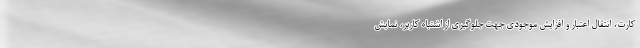
کارت، انتقال اعتبار و افزایش موجودی جهت جلوگیری از اشتباه کاربر، نمایش